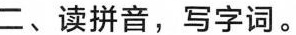
二、读拼音，写字词。